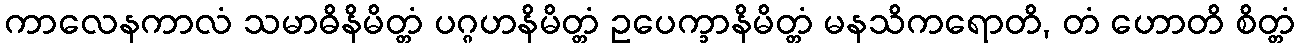
ကာလေနကာလံ သမာဓိနိမိတ္တံ ပဂ္ဂဟနိမိတ္တံ ဥပေက္ခာနိမိတ္တံ မနသိကရောတိ, တံ ဟောတိ စိတ္တံ